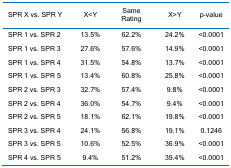
<table><thead><tr><td><b>SPR X vs. SPR Y</b></td><td><b>X&lt;Y</b></td><td><b>Same Rating</b></td><td><b>X&gt;Y</b></td><td><b>p-value</b></td></tr></thead><tbody><tr><td>SPR 1 vs. SPR 2</td><td>13.5%</td><td>62.2%</td><td>24.2%</td><td>&lt;0.0001</td></tr><tr><td>SPR 1 vs. SPR 3</td><td>27.6%</td><td>57.6%</td><td>14.9%</td><td>&lt;0.0001</td></tr><tr><td>SPR 1 vs. SPR 4</td><td>31.5%</td><td>54.8%</td><td>13.7%</td><td>&lt;0.0001</td></tr><tr><td>SPR 1 vs. SPR 5</td><td>13.4%</td><td>60.8%</td><td>25.8%</td><td>&lt;0.0001</td></tr><tr><td>SPR 2 vs. SPR 3</td><td>32.7%</td><td>57.4%</td><td>9.8%</td><td>&lt;0.0001</td></tr><tr><td>SPR 2 vs. SPR 4</td><td>36.0%</td><td>54.7%</td><td>9.4%</td><td>&lt;0.0001</td></tr><tr><td>SPR 2 vs. SPR 5</td><td>18.1%</td><td>62.1%</td><td>19.8%</td><td>&lt;0.0001</td></tr><tr><td>SPR 3 vs. SPR 4</td><td>24.1%</td><td>56.8%</td><td>19.1%</td><td>0.1246</td></tr><tr><td>SPR 3 vs. SPR 5</td><td>10.6%</td><td>52.5%</td><td>36.9%</td><td>&lt;0.0001</td></tr><tr><td>SPR 4 vs. SPR 5</td><td>9.4%</td><td>51.2%</td><td>39.4%</td><td>&lt;0.0001</td></tr></tbody></table>